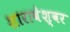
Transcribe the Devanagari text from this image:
शाराबेश्वर